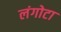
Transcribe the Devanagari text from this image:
लंगोटा